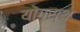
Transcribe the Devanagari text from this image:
योगस्थ